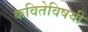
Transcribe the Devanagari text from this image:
कवितेविषयी